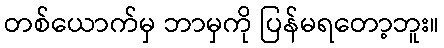
တစ်ယောက်မှ ဘာမှကို ပြန်မရတော့ဘူး။